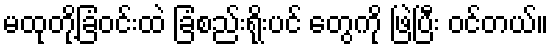
မထုတို့ခြံဝင်းထဲ ခြံစည်းရိုးပင် တွေကို ဖြဲပြီး ဝင်တယ်။